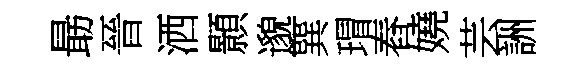
朂晉洒顥邈巽瑁舂嬈芸詶